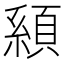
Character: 𩓇